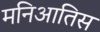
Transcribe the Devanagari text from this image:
मनिआतिस